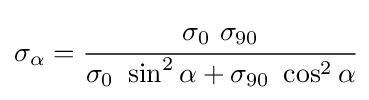
\sigma _{\alpha }={\cfrac {\sigma _{0}~\sigma _{90}}{\sigma _{0}~\sin ^{2}\alpha +\sigma _{90}~\cos ^{2}\alpha }}